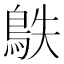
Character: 䳀